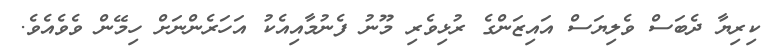
ކިރިޔާ ދެބަސް ވެލިޔަސް އައިޒަންގެ ރުޅިވެރި މޫނު ފެނުމާއިއެކު އަހަރެންނަށް ހިމޭން ވެވެއެވެ.